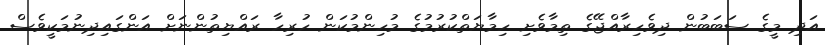
އަދި މީގެ ސަބަބުން ދިވެހިރާއްޖޭގެ ތިމާވެށި ހިމާޔަތްކުރުމުގެ މުހިންމުކަން ހުރިހާ ރައްޔިތުންނަށް އަންގައިދިނުމަކީވެސް